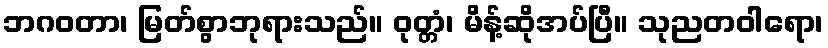
ဘဂဝတာ၊ မြတ်စွာဘုရားသည်။ ဝုတ္တံ၊ မိန့်ဆိုအပ်ပြီ။ သုညတဝါရော၊